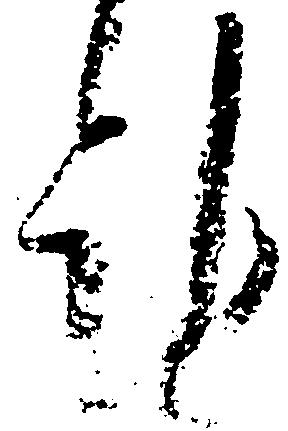
計